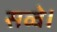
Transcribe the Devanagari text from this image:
सव्वे।